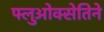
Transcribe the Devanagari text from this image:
फ्लुओक्सेतिने